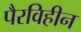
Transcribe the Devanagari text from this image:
पैरविहीन